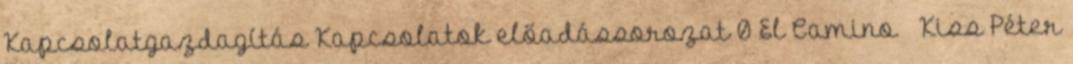
Kapcsolatgazdagítás Kapcsolatok előadássorozat 0 El Camino – Kiss Péter